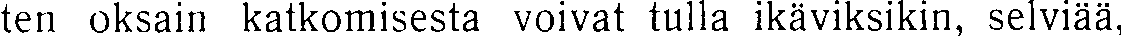
ten oksain katkomisesta voivat tulla ikäviksikin, selviää,